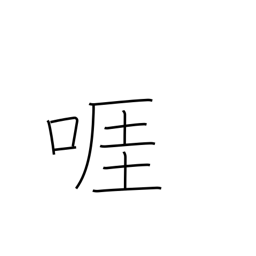
Meaning: wrangle